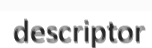
descriptor